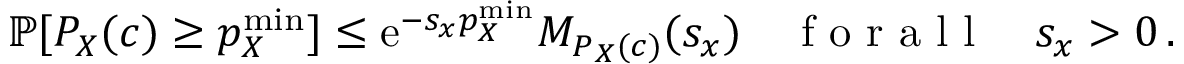
\mathbb { P } [ P _ { X } ( c ) \geq p _ { X } ^ { \mathrm { m i n } } ] \leq \mathrm { e } ^ { - s _ { x } p _ { X } ^ { \mathrm { m i n } } } M _ { P _ { X } ( c ) } ( s _ { x } ) \quad \mathrm { ~ f ~ o ~ r ~ a ~ l ~ l ~ } \quad s _ { x } > 0 \, .